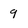
Character: 9